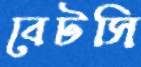
বেটসি